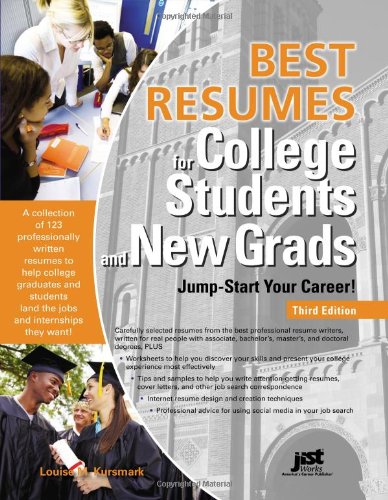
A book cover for Best Resumes for College Students and New Grads: Jump-Start Your Career!, 3rd Ed (Best Resumes for College Students & New Grads); Louise M. Kursmark; Business & Money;